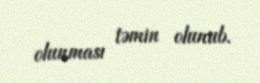
olunması təmin olunub.